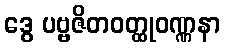
ဒွေ ပဗ္ဗဇိတဝတ္ထုဝဏ္ဏနာ